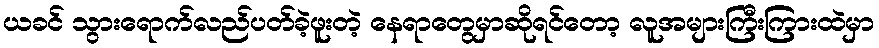
ယခင် သွားရောက်လည်ပတ်ခဲ့ဖူးတဲ့ နေရာတွေမှာဆိုရင်တော့ လူအများကြီးကြားထဲမှာ